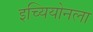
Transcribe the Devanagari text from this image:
इच्यियोनला